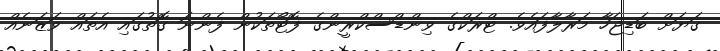
ގަޔަށް ބަޑިޖަހާ މަރާލާފައެވެ. ޓްރަކްގެ ވިންޑްސްކްރީންގެ ފޮޓޯތަކުން ފެންނަ ގޮތުގައި އެތައް ވަޒަނެއް